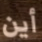
أين